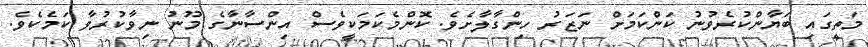
މަތީގައި ބަޔާންކުރެވުނު ކަންކަމަށް ނަޒަރު ހިންގާލާށެވެ. ކޮންމެކަމަކީވެސް އިންސާނާގެ މޫނު ނިވާކުރުވާ ކަމެކެވެ.